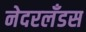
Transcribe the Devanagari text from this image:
नेदरलँडस